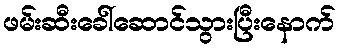
ဖမ်းဆီးခေါ်ဆောင်သွားပြီးနောက်